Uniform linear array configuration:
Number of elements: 8
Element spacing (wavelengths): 1
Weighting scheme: exponential
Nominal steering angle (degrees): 30
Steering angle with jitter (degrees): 31.879
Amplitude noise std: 0.05
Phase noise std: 0.05

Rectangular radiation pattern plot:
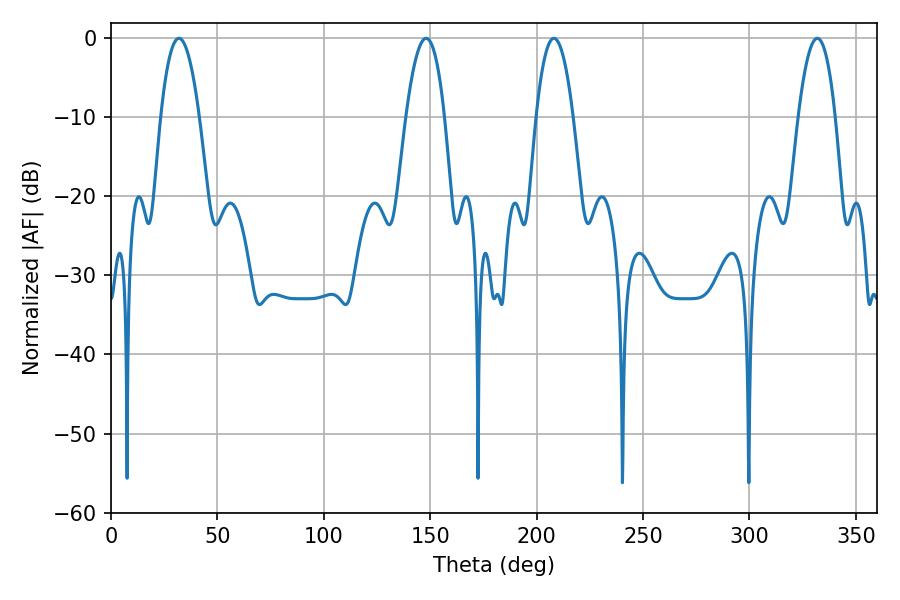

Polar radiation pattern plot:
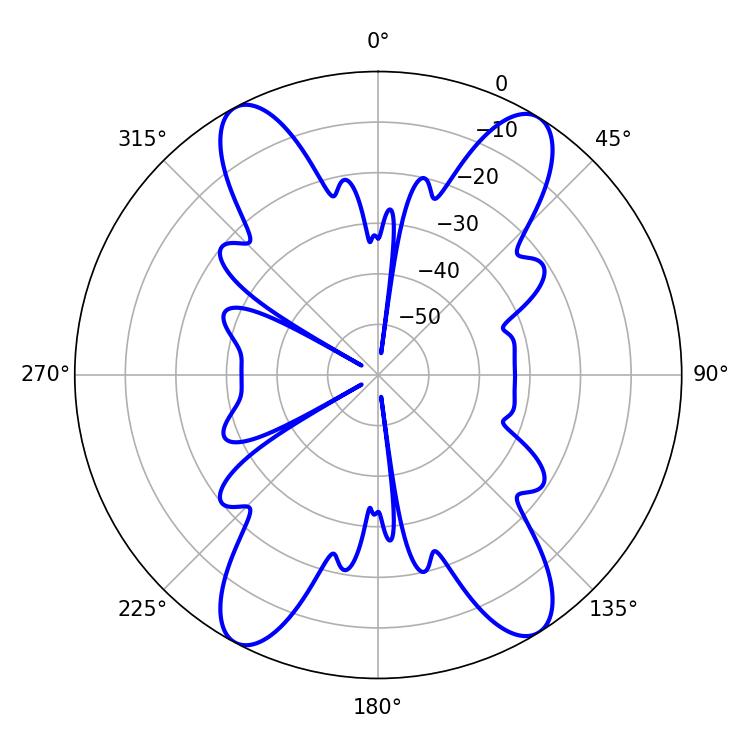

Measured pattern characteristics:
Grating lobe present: TRUE
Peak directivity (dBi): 18.386
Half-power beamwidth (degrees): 9.54
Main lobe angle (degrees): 208.08